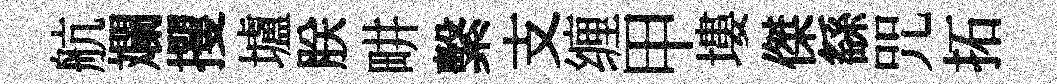
航斕攫壚朕畊繫支缠甲塿傑繇咒拓